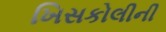
ખિસકોલીની